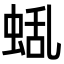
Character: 𮔑